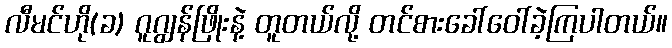
လီမင်ဟို(ခ) ဂူဂျွန်ဖြိုးနဲ့ တူတယ်လို့ တင်စားခေါ်ဝေါ်ခဲ့ကြပါတယ်။